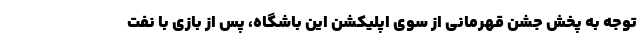
توجه به پخش جشن قهرمانی از سوی اپلیکشن این باشگاه، پس از بازی با نفت